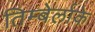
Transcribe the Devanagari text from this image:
तिम्बेर्लाके